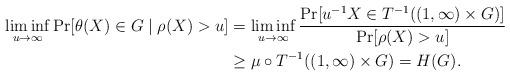
LaTeX: \begin{align*} \liminf_{u \to \infty} \Pr[ \theta(X) \in G \mid \rho(X) > u ] &= \liminf_{u \to \infty} \frac{\Pr[ u^{-1} X \in T^{-1}( (1, \infty) \times G ) ]}{\Pr[ \rho(X) > u ]} \\ &\ge \mu \circ T^{-1}( (1, \infty) \times G ) = H(G).\end{align*}